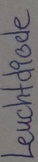
Text: Leuchtdiode